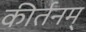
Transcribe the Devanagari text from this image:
कीर्तनम्